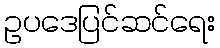
ဥပဒေပြင်ဆင်ရေး